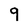
Character: 9